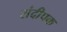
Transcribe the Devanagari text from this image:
संदीपक